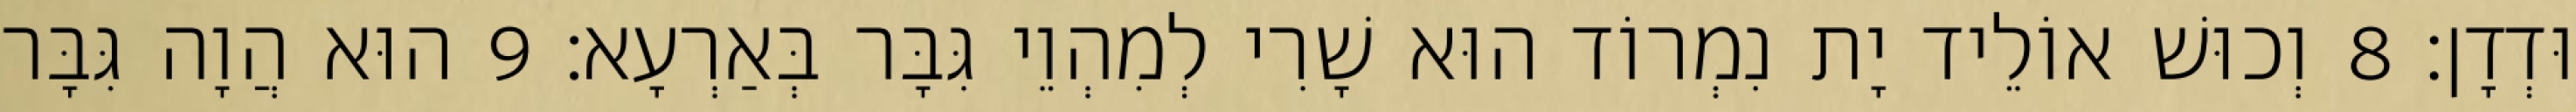
וּדְדָן׃ 8 וְכוּשׁ אוֹלֵיד יָת נִמְרוֹד הוּא שָׁרִי לְמִהְוֵי גִּבָּר בְּאַרְעָא׃ 9 הוּא הֲוָה גִּבָּר